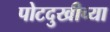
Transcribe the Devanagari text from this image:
पोटदुखीच्या